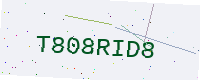
Text: T808RID8